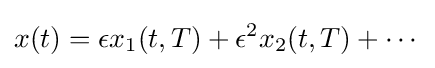
x(t)=\epsilon x_{1}(t,T)+\epsilon ^{2}x_{2}(t,T)+\cdots